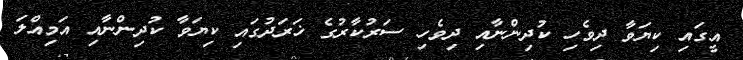
އީގައި ކިޔަވާ ދިވެހި ކުދިންނާއި ދިވެހި ސަރުކާރުގެ ޚަރަދުގައި ކިޔަވާ ކުދިންނާއި އަމިއްލަ